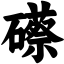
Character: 礤